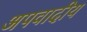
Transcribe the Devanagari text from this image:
अपवादीय